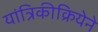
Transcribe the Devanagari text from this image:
यांत्रिकीक्रियेने